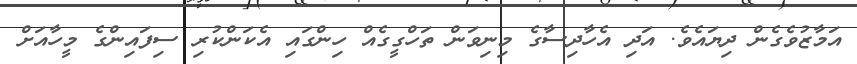
އަމާޒުވެގެން ދިޔައެވެ. އަދި އެހާދިސާގެ މިނިވަން ތަހްގީގެއް ހިންގައި އެކަންކުރި ސިފައިންގެ މީހާއަށް